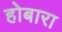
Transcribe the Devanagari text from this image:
होबारा